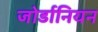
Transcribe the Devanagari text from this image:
जोर्डानियन